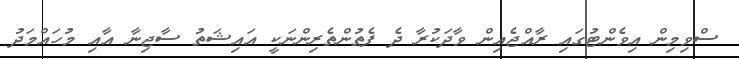
ސްވިމިން އިވެންޓުގައި ރާއްޖެއިން ވާދަކުރާ ދެ ފެތުންތެރިންނަކީ އައިޝަތު ސާޖިނާ އާއި މުހައްމަދު